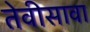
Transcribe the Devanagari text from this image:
तेवीसावा